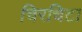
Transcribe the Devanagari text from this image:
चिरचिटा